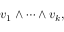
v _ { 1 } \wedge \cdots \wedge v _ { k } ,